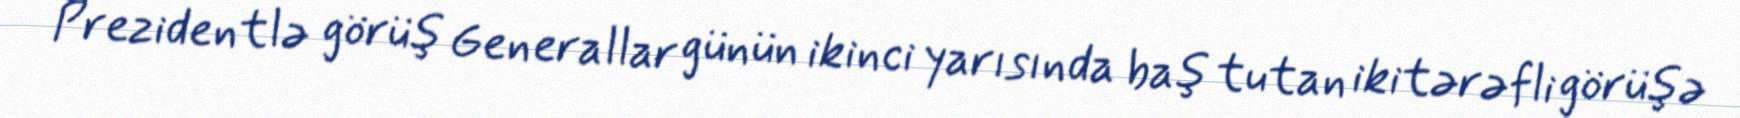
Prezidentlə görüş Generallar günün ikinci yarısında baş tutan ikitərəfli görüşə